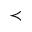
\prec